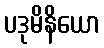
ပဒုမိနိယော